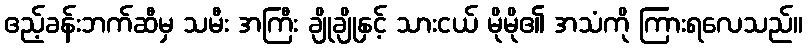
ဧည့်ခန်းဘက်ဆီမှ သမီး အကြီး ချိုချိုနှင့် သားငယ် မိုမို၏ အသံကို ကြားရလေသည်။